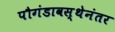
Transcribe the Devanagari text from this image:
पौगंडावस्थेनंतर